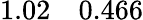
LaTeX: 1.02\quad 0.466